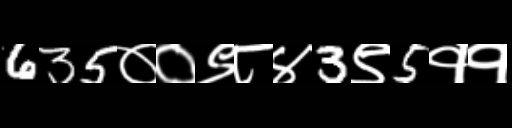
Text: 635००९८४3९5११